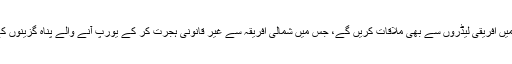
يورپی سربراہان نو نومبر کو مالٹا ميں افريقی ليڈروں سے بھی ملاقات کريں گے، جس ميں شمالی افريقہ سے غير قانونی ہجرت کر کے يورپ آنے والے پناہ گزينوں کے معاملے پر بات چيت متوقع ہے۔